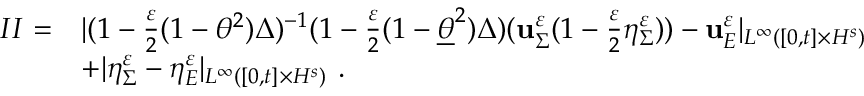
\begin{array} { r l } { I I = } & { | ( 1 - \frac { \varepsilon } { 2 } ( 1 - \theta ^ { 2 } ) \Delta ) ^ { - 1 } ( 1 - \frac { \varepsilon } { 2 } ( 1 - \underline { { \theta } } ^ { 2 } ) \Delta ) ( \mathbf { u } _ { \Sigma } ^ { \varepsilon } ( 1 - \frac { \varepsilon } { 2 } \eta _ { \Sigma } ^ { \varepsilon } ) ) - \mathbf { u } _ { E } ^ { \varepsilon } | _ { L ^ { \infty } ( [ 0 , t ] \times H ^ { s } ) } } \\ & { + | \eta _ { \Sigma } ^ { \varepsilon } - \eta _ { E } ^ { \varepsilon } | _ { L ^ { \infty } ( [ 0 , t ] \times H ^ { s } ) } \ . } \end{array}